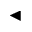
\blacktriangleleft